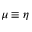
\mu \equiv \eta